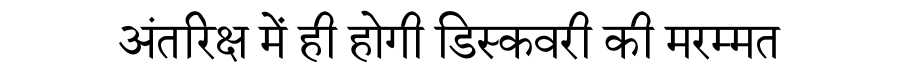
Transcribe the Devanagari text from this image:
अंतरिक्ष में ही होगी डिस्कवरी की मरम्मत